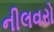
નીલવરો